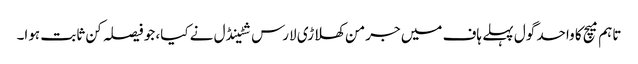
تاہم میچ کا واحد گول پہلے ہاف میں جرمن کھلاڑی لارس شٹینڈل نے کیا، جو فیصلہ کن ثابت ہوا۔